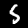
Digit: 5